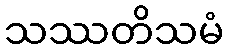
သဿတိသမံ